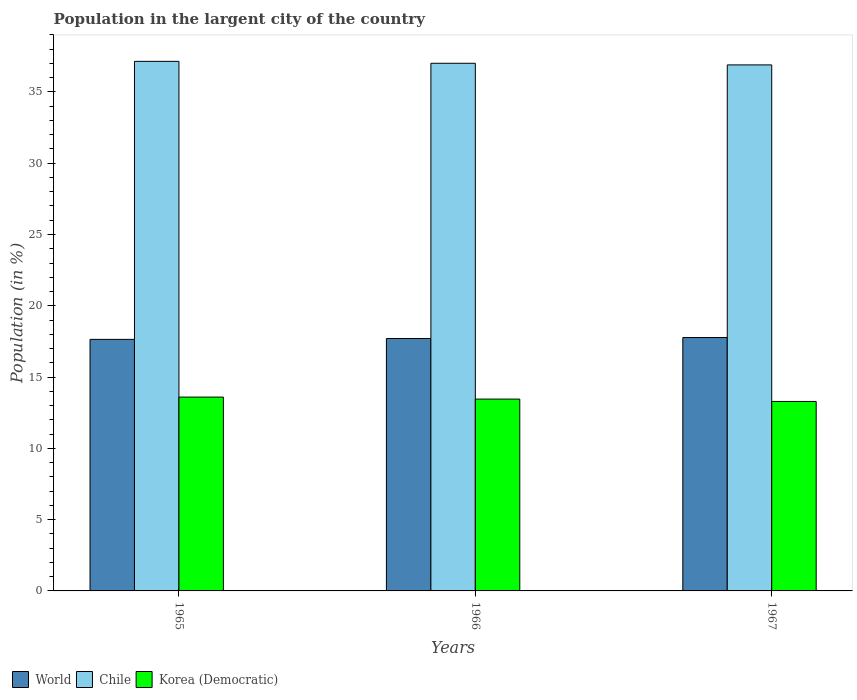
| Years | World | Chile | Korea (Democratic) |
 | --- | --- | --- | --- |
 | 1965 | 17.6 | 37.1 | 13.6 |
 | 1966 | 17.7 | 37 | 13.5 |
 | 1967 | 17.8 | 36.9 | 13.3 |